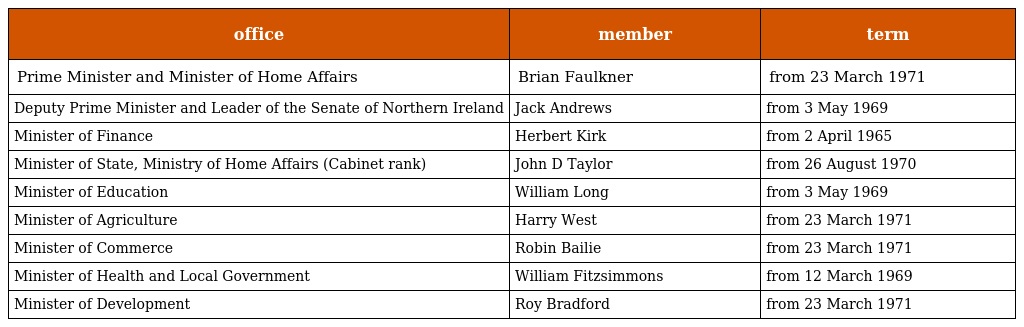
| office | member | term |
 | --- | --- | --- |
 | Prime Minister and Minister of Home Affairs | Brian Faulkner | from 23 March 1971 |
 | Deputy Prime Minister and Leader of the Senate of Northern Ireland | Jack Andrews | from 3 May 1969 |
 | Minister of Finance | Herbert Kirk | from 2 April 1965 |
 | Minister of State, Ministry of Home Affairs (Cabinet rank) | John D Taylor | from 26 August 1970 |
 | Minister of Education | William Long | from 3 May 1969 |
 | Minister of Agriculture | Harry West | from 23 March 1971 |
 | Minister of Commerce | Robin Bailie | from 23 March 1971 |
 | Minister of Health and Local Government | William Fitzsimmons | from 12 March 1969 |
 | Minister of Development | Roy Bradford | from 23 March 1971 |